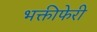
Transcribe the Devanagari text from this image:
भक्तीफेरी